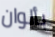
بألوان